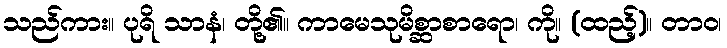
သည်ကား။ ပုရိ သာနံ၊ တို့၏။ ကာမေသုမိစ္ဆာစာရော၊ ကို။ (ထည့်)။ တာဝ၊